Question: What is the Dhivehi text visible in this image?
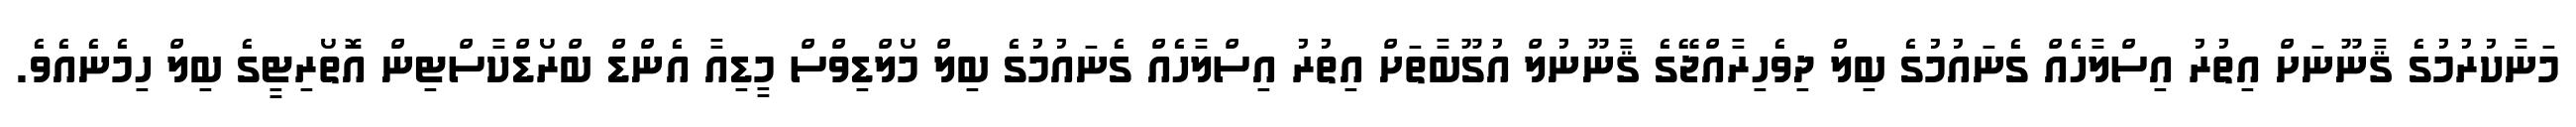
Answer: މަނާކުރުމުގެ ޤާނޫނަށް އިތުރު އިސްލާހެއް ގެނައުމުގެ ބިލް ދިވެހިރާއްޖޭގެ ޤާނޫނުލް އުގޫބާތަށް އިތުރު އިސްލާހެއް ގެނައުމުގެ ބިލް މޯލްޑިވްސް މީޑިއާ އެންޑް ބްރޯޑްކާސްޓިން އޮތޯރިޓީގެ ބިލް ހިމެނެއެވެ.